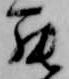
罷